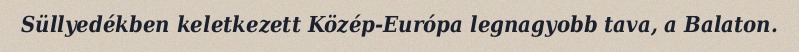
Süllyedékben keletkezett Közép-Európa legnagyobb tava, a Balaton.